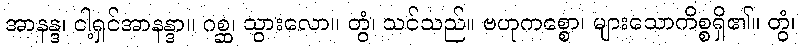
အာနန္ဒ၊ ငါ့ရှင်အာနန္ဒာ။ ဂစ္ဆ၊ သွားလော။ တွံ၊ သင်သည်။ ဗဟုကစ္စော၊ များသောကိစ္စရှိ၏။ တွံ၊